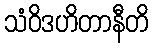
သံဝိဒဟိတာနီတိ